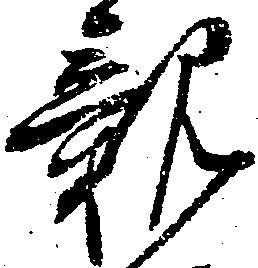
親